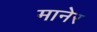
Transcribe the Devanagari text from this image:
मानेर